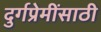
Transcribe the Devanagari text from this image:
दुर्गप्रेमींसाठी